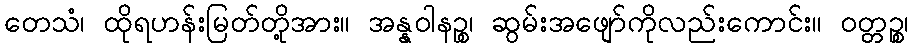
တေသံ၊ ထိုရဟန်းမြတ်တို့အား။ အန္နဝါနဉ္စ၊ ဆွမ်းအဖျော်ကိုလည်းကောင်း။ ဝတ္တဉ္စ၊